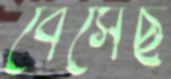
বেসেছ